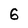
Character: 6